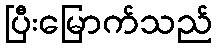
ပြီးမြောက်သည်